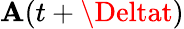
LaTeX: \mathbf{A}(t+\Deltat)